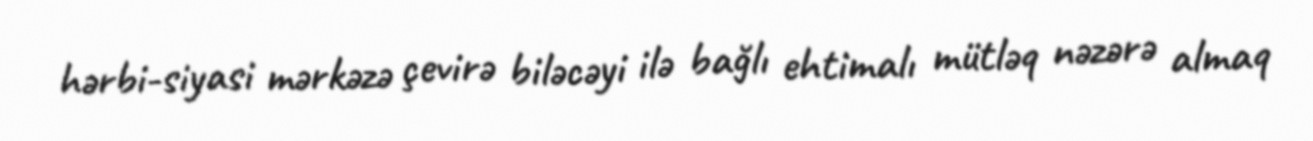
hərbi-siyasi mərkəzə çevirə biləcəyi ilə bağlı ehtimalı mütləq nəzərə almaq